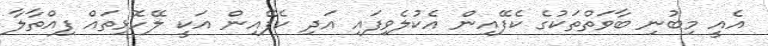
އެއީ މިބުނި ބާވަތްތަކުގެ ކެފޭއިން އެކުލެވިފައި އަދި ކެފޭއިން އަކީ ލޭހޮޅިތައް ފިއްތާލާ